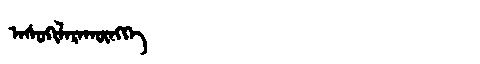
Manchu: ᠠᠰᡠᡴᡳᠯᠠᡵᠠᡴᡡᠩᡤᡝ
Romanization: ASUKILARAKŪNGGE